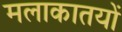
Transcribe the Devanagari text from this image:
मलाकातयों